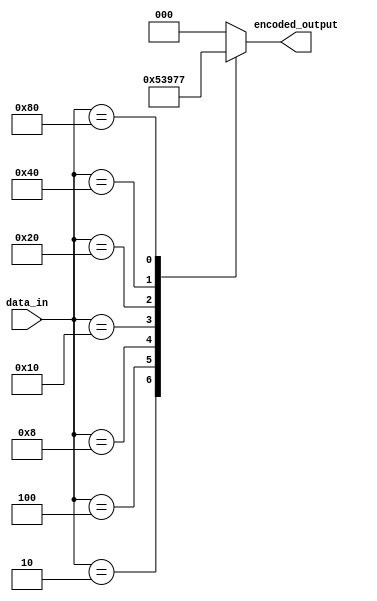
module Encoder_8to3 (input [7:0] data_in, output reg [2:0] encoded_output);

always @* begin
  case (data_in)
    8'b00000001: encoded_output = 3'b000;
    8'b00000010: encoded_output = 3'b001;
    8'b00000100: encoded_output = 3'b010;
    8'b00001000: encoded_output = 3'b011;
    8'b00010000: encoded_output = 3'b100;
    8'b00100000: encoded_output = 3'b101;
    8'b01000000: encoded_output = 3'b110;
    8'b10000000: encoded_output = 3'b111;
    default:      encoded_output = 3'b000; // Default case, you can choose another value if needed
  endcase
end

endmodule